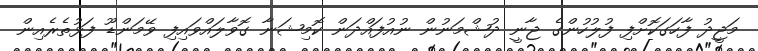
މަޖީދު ފާހަގަކޮށްފި ފުލުހުންގެ ޖާނީ ދުޝްމަނުން ނުއުފައްދަން ކޮމިޝަނާ ގޮވާލައްވައިފި ވޭމަންޑޫ ފަޅުތެރެއިން